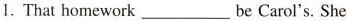
That homework ___ be Carol's. She